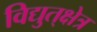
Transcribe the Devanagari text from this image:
विद्युत्‌क्षेत्र